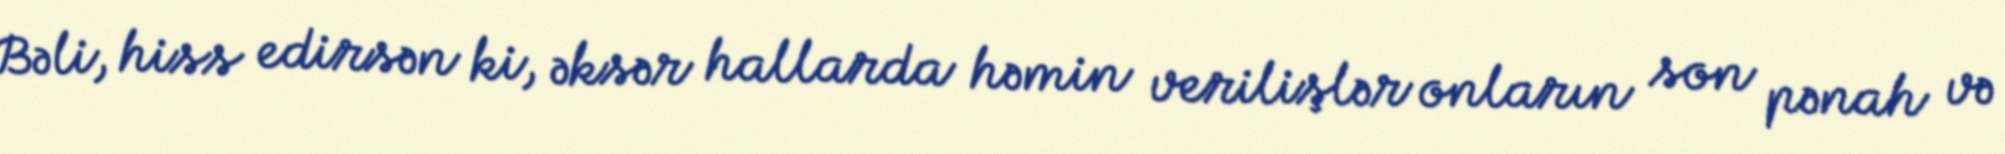
Bəli, hiss edirsən ki, əksər hallarda həmin verilişlər onların son pənah və